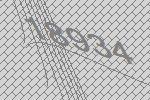
18934